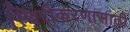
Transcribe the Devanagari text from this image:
स्थिरीकरणासाठी